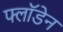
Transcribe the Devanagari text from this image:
फ्लॉडेन